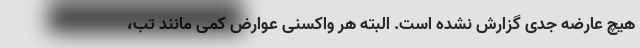
هیچ عارضه جدی گزارش نشده است. البته هر واکسنی عوارض کمی مانند تب،